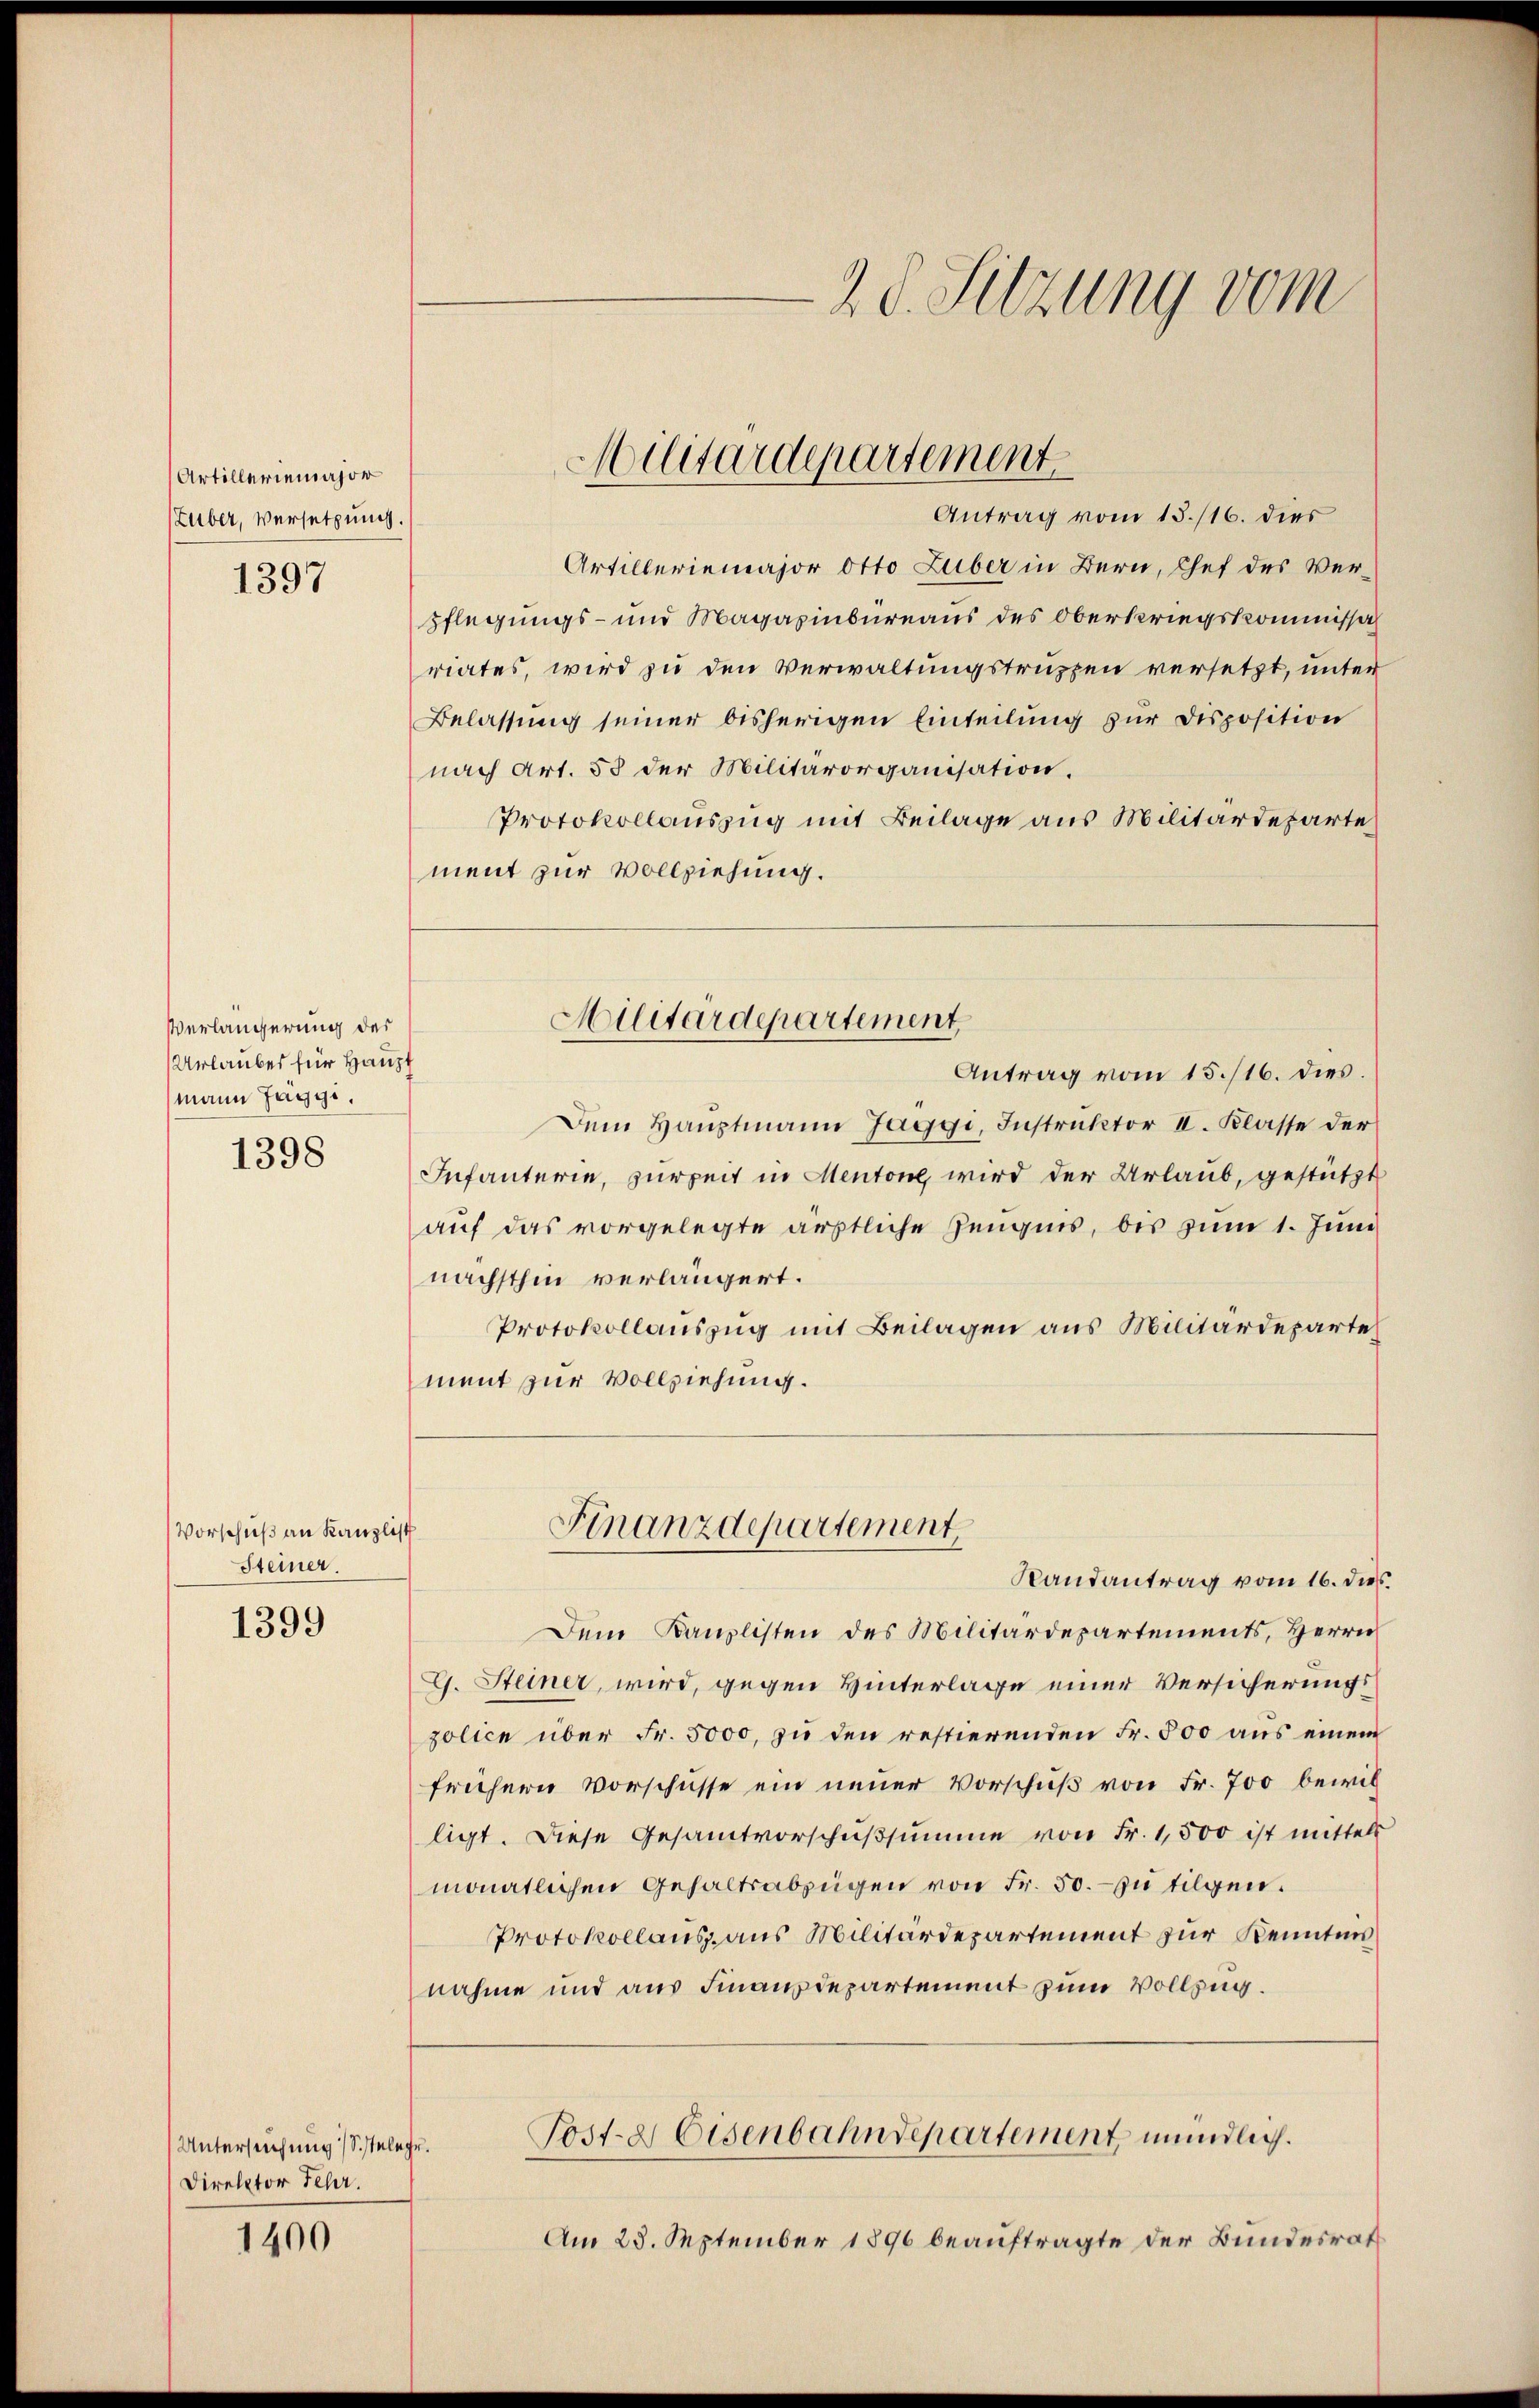
Artilleriemajor
(Luber, Versetzung.

1397

Verlängerung des
Urlaubes für Haupt
mann Jaggi.

1398

Vorschuß an Kanzli
Steiner.

1399

Untersuchung (S. tele
Direktor Fehr.

1400

2 d. Sitzung vom

Antrag vom 15./16. dies
Artilleriemajor Otto Luber in Bern, Chef des Verpflegungs- und Magazinbureaus des Oberkriegskommissariates, wird zu den Verwaltungstruppen versetzt, unter
Belassung seiner bisherigen Einteilung zur Disposition
nach Art. 53 der Militärorganisation.
Protokollauszug mit Beilage aus Militärdeparte
ment zur Vollziehung.
Antrag vom 15./16. dies.
Dem Hauptmann Jaggi, Instruktor II. Klasse der
Infanterie, zur Zeit in Mentone wird der Urlaub, gestützt
auf das vorgelegte ärztliche Zeugnis, bis zum 1. Juni
nächsthin verlängert.
Protokollauszug mit Beilagen aus Militärdepartement zur Vollziehung.
Finanzdepartement,
1
Randantrag vom 16. dies
Dem Kanzlisten des Militärdepartements, Herrn
G. Steiner wird, gegen Hinterlage einer Versicherungszolice über Fr. 5000, zu den restierenden Fr. 500 aus einem
frühern Vorschüsse ein neuer Vorschuß von Fr. 700 bewil
ligt. Diese Gesamtvorschußsumme von Fr. 1,500 ist mittel
monatlichen Gehaltsabzügen von Fr. 50. zu tilgen.
Protokollaus aus Militärdepartement zur Kenntnis
nahme und aus Finanzdepartement zum Vollzug.
Post. Eisenbahndepartement mündlich.
4.
Am 23. September 1896 beauftragte der Bundesrat

Militärdepartement

Militärdepartement